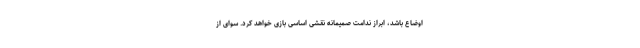
اوضاع باشد، ابراز ندامت صمیمانه نقشی اساسی بازی خواهد کرد. سوای از